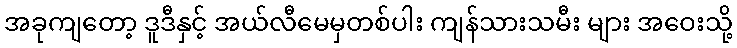
အခုကျတော့ ဒူဒီနှင့် အယ်လီမေမှတစ်ပါး ကျန်သားသမီး များ အဝေးသို့